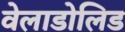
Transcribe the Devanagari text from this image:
वेलाडोलिड